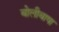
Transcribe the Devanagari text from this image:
बोलीबाषा